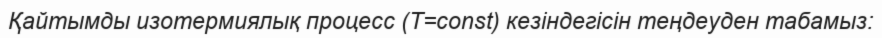
Қайтымды изотермиялық процесс (T=const) кезіндегісін теңдеуден табамыз: